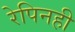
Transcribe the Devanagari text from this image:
रेपिनही